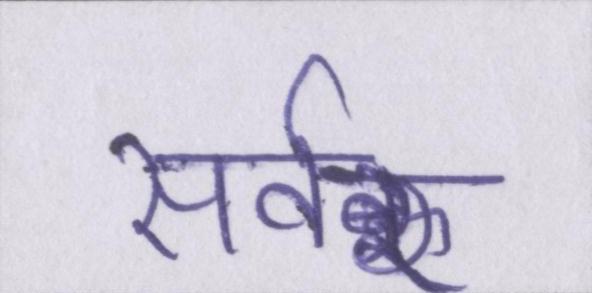
सर्वर